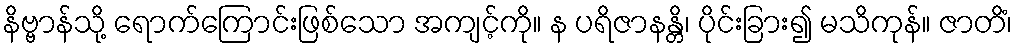
နိဗ္ဗာန်သို့ ရောက်ကြောင်းဖြစ်သော အကျင့်ကို။ န ပရိဇာနန္တိ၊ ပိုင်းခြား၍ မသိကုန်။ ဇာတိံ၊